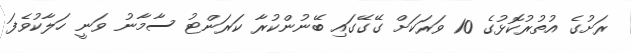
ރަށުގެ އުތުރުކޮޅުގެ 10 ވަރަކަށް ގޭގޭގައި ބޭނުންކުރާ ކަރަންޓު ސާމާނު ވަނީ ހަލާކުވެފަ